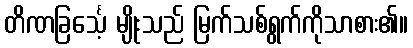
တိဏခြင်္သေ့ မျိုးသည် မြက်သစ်ရွက်ကိုသာစား၏။